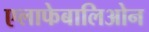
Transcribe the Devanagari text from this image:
एलाफेबालिओन